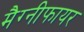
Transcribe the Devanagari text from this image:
मैग्नीफायर